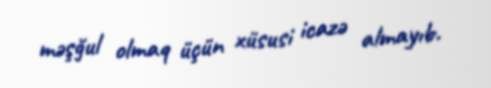
məşğul olmaq üçün xüsusi icazə almayıb.